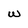
Character: w